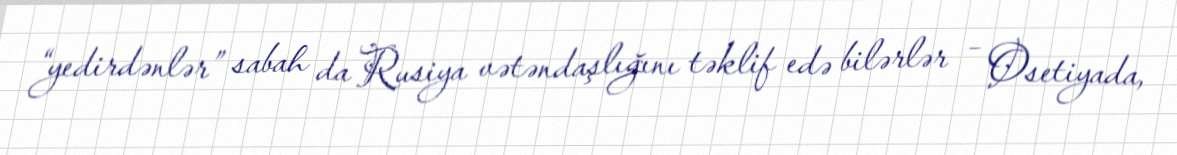
“yedirdənlər” sabah da Rusiya vətəndaşlığını təklif edə bilərlər – Osetiyada,